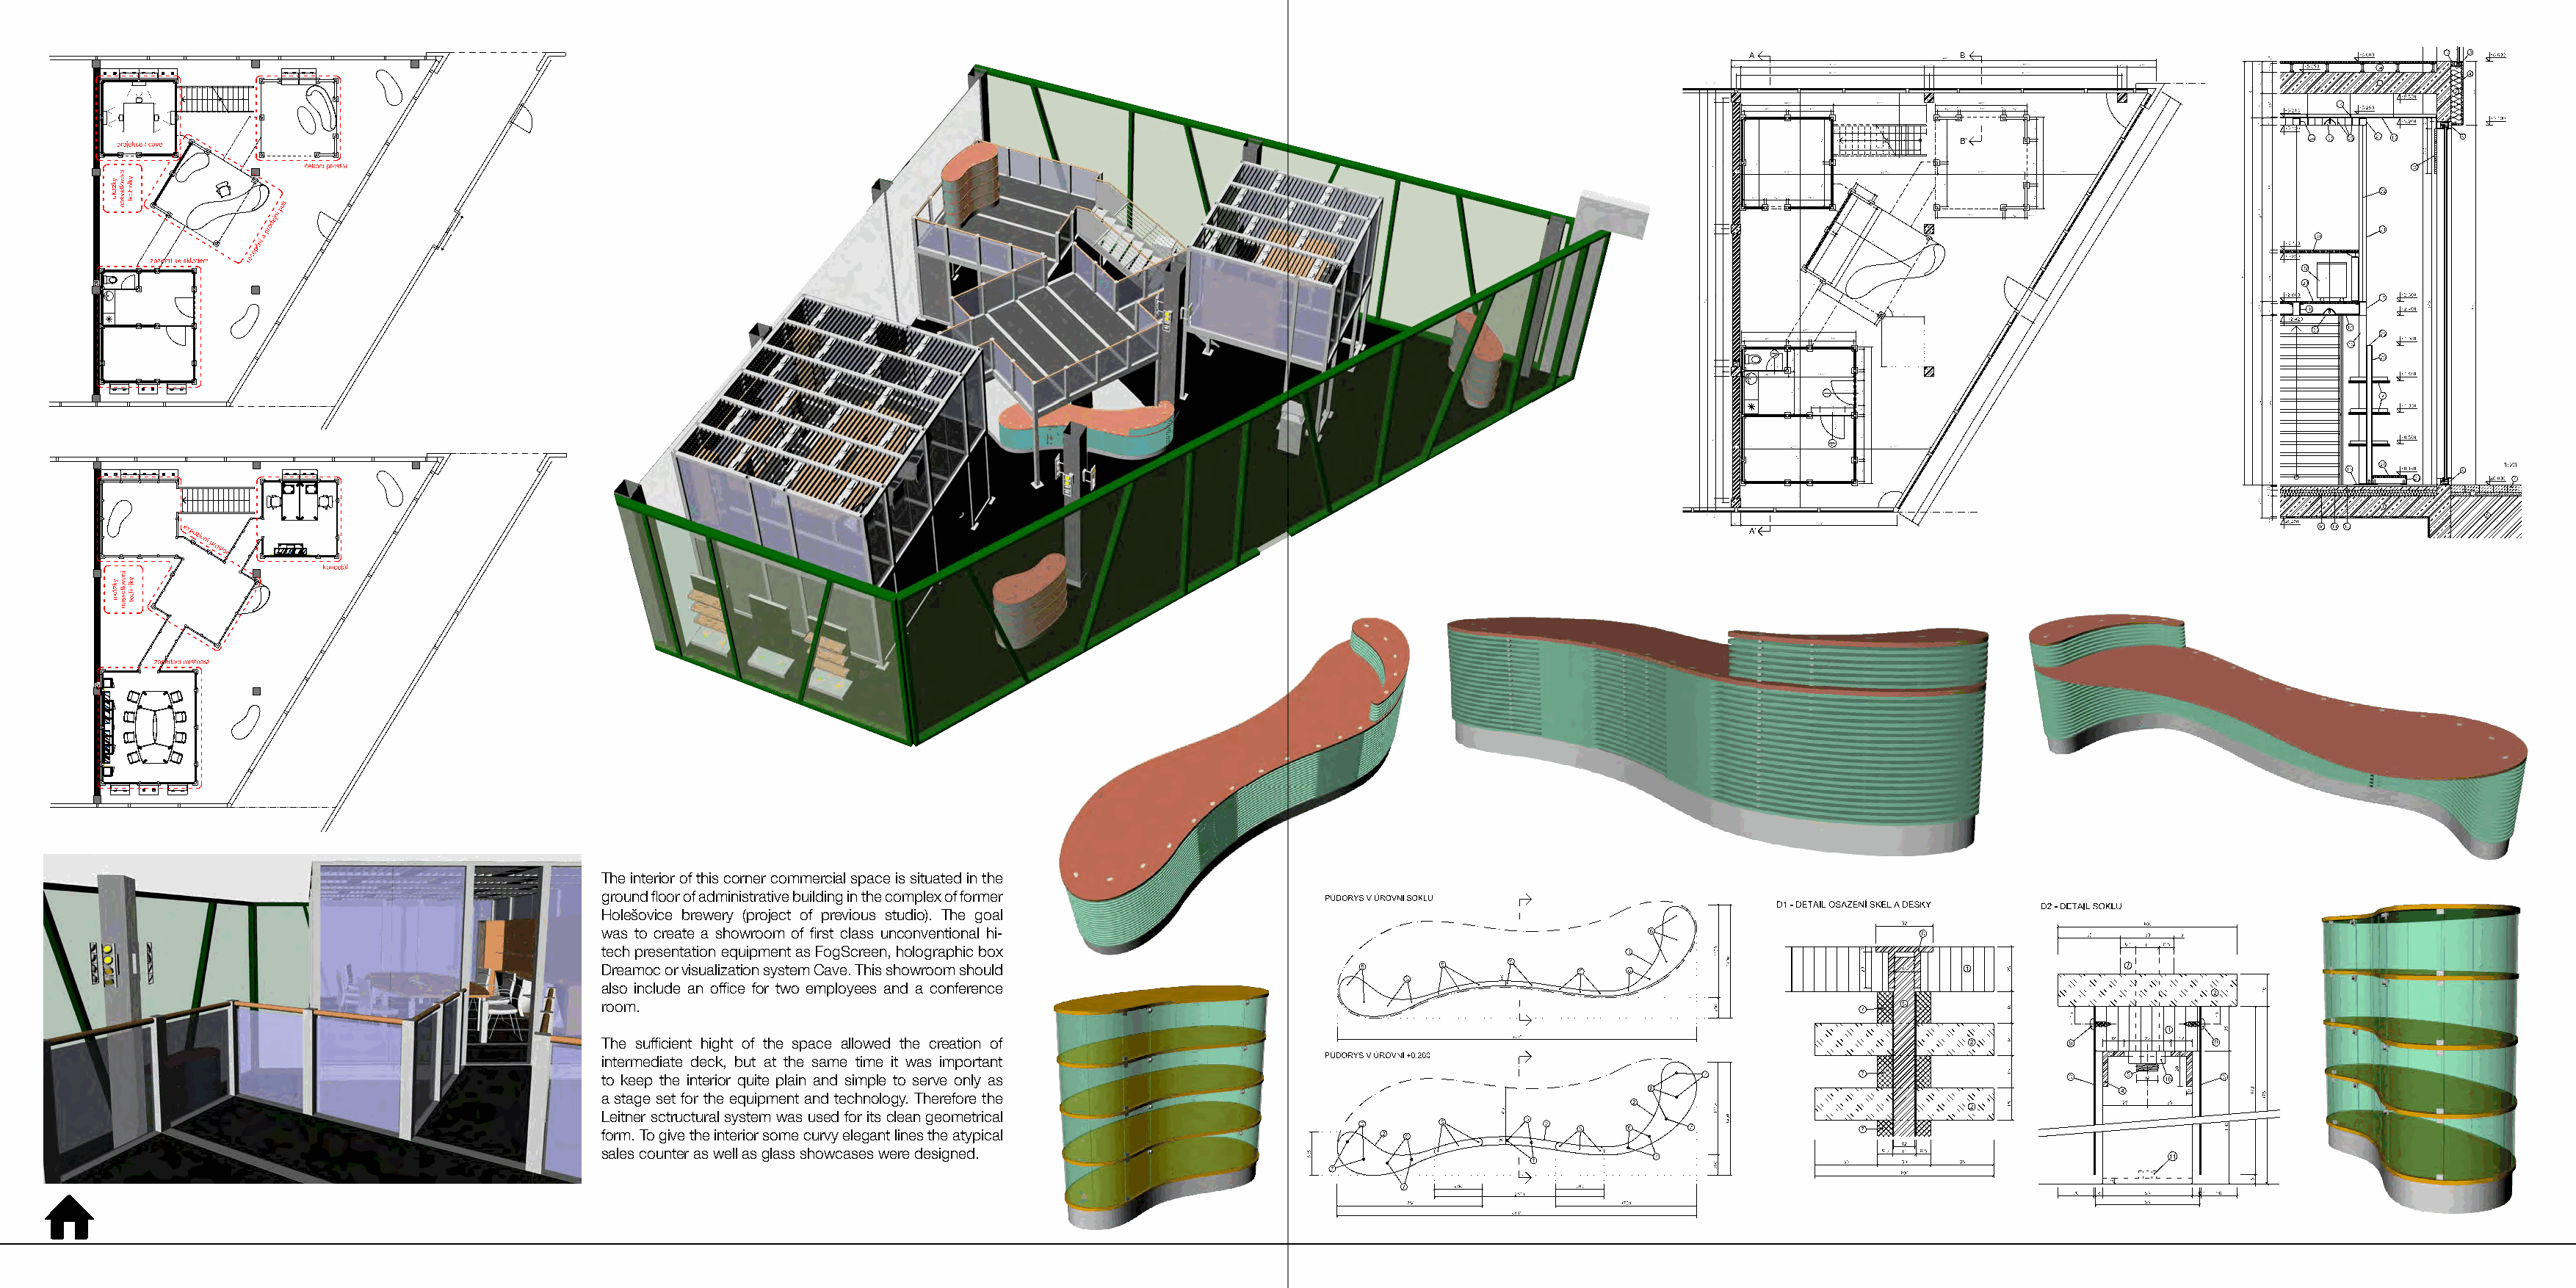
The interior of this corner commercial space is situated in the
 ground floor of administrative building in the complex of former
 Holešovice brewery (project of previous studio). The goal
 was to create a showroom of first class unconventional hi-
 tech presentation equipment as FogScreen, holographic box
 Dreamoc or visualization system Cave. This showroom should
 also include an office for two employees and a conference
 room.
 The sufficient hight of the space allowed the creation of
 intermediate deck, but at the same time it was important
 to keep the interior quite plain and simple to serve only as
 a stage set for the equipment and technology. Therefore the
 Leitner sctructural system was used for its clean geometrical
 form. To give the interior some curvy elegant lines the atypical
 ⌂
 sales counter as well as glass showcases were designed.